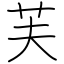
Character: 芙